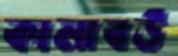
কালাবউ